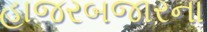
હાજરબજારના